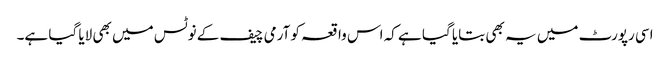
اسی رپورٹ میں یہ بھی بتایا گیا ہے کہ اس واقعہ کو آرمی چیف کے نوٹس میں بھی لایا گیا ہے۔